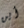
أين